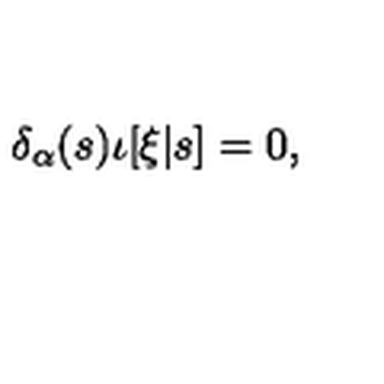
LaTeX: \delta _ { \alpha } ( s ) \iota [ \xi | s ] = 0 ,